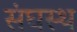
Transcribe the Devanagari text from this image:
संघस्थ